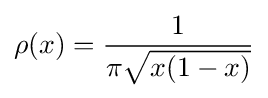
{\displaystyle \rho (x)={\frac {1}{\pi {\sqrt {x(1-x)}}}}}